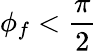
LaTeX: \phi_{f}<\frac\pi 2